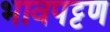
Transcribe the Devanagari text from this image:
भावपट्टण